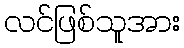
လင်ဖြစ်သူအား